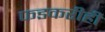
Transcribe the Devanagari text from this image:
फडकरीही